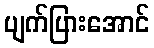
ပျက်ပြားအောင်